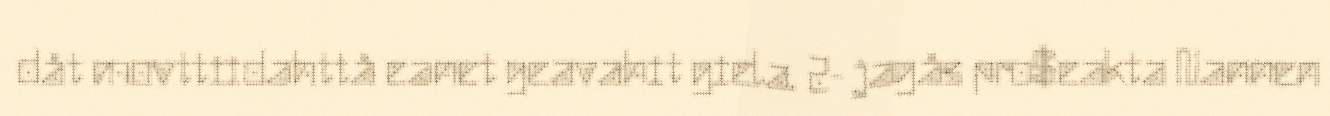
dåt movttiidahttå eanet geavahit giela. 2- jagås pro$eakta Nannen